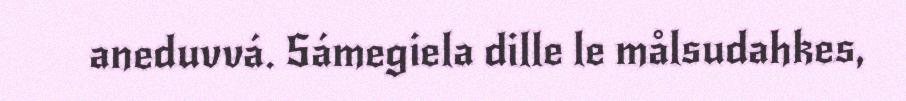
aneduvvá. Sámegiela dille le målsudahkes,